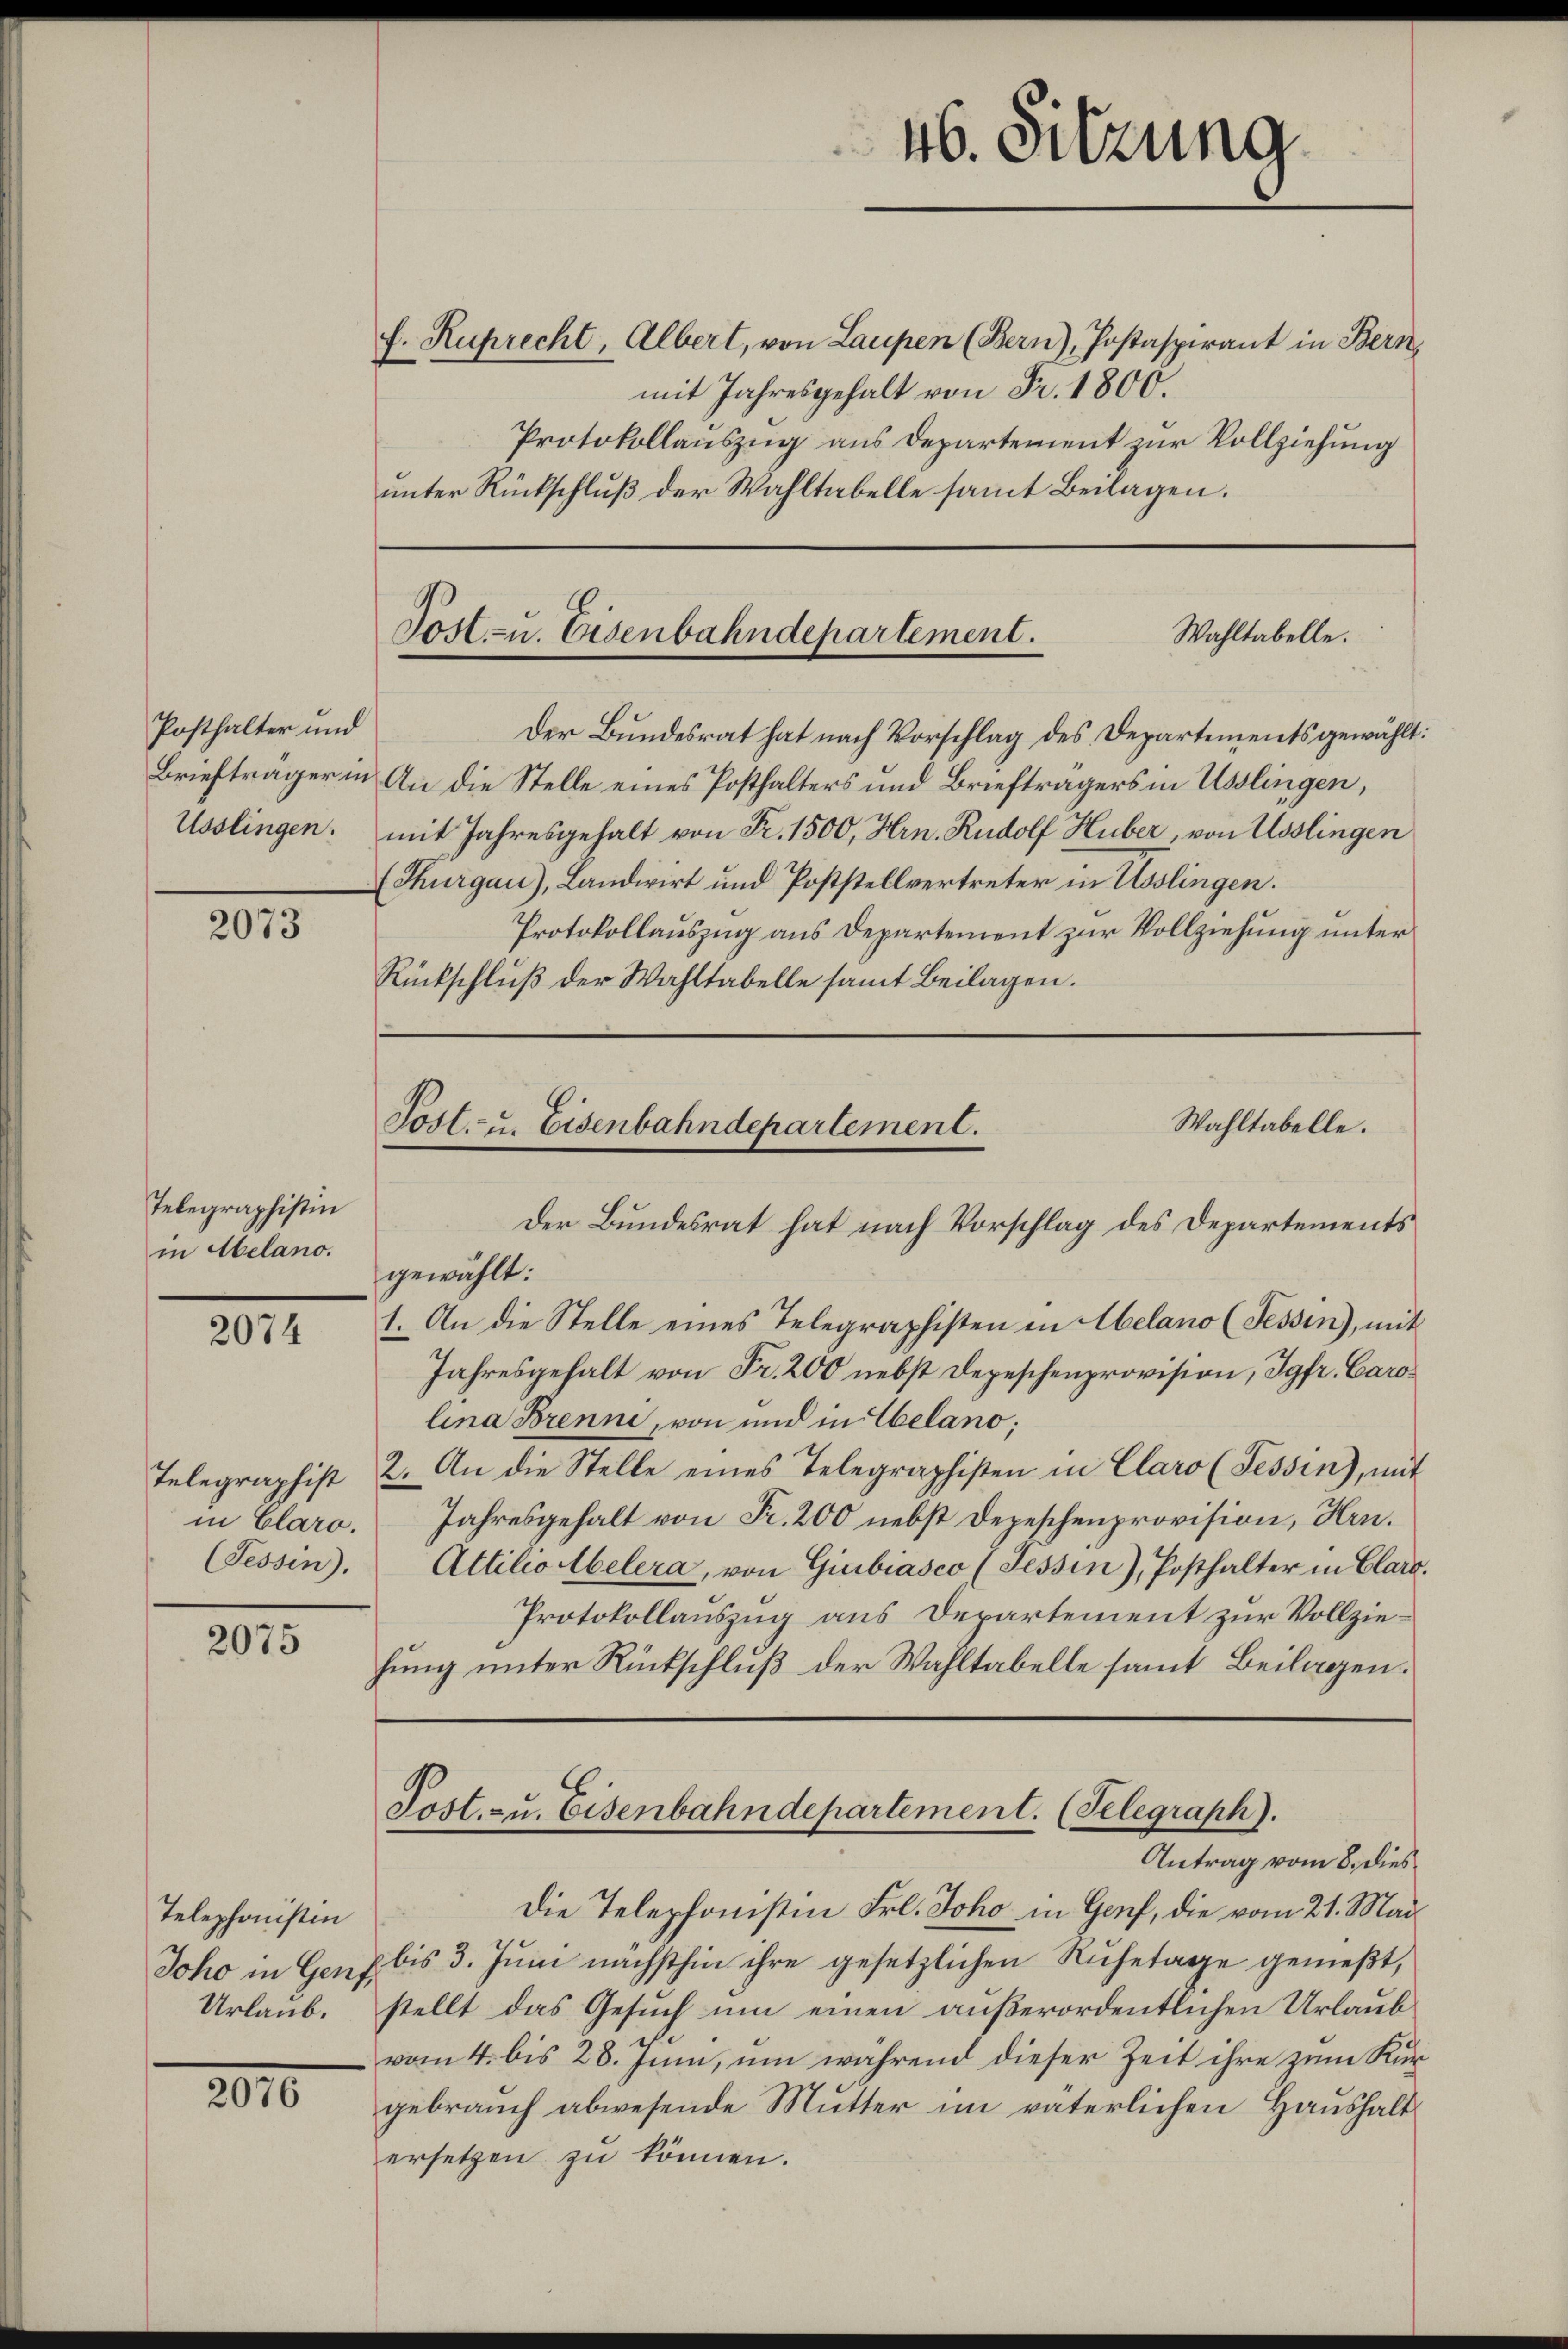
Posthalter und

2073

Telegraphistin
in Melano.

2074

in Claro.
(Tessin).

2075

Telephonistin

2010

f. Ruprecht, Albert, von Laupen (Bern), Jostaspirant in Bern
mit Jahresgehalt von Fr. 1800.
Protokollauszug aus Departement zur Vollziehung
unter Rückschluß der Wahltabelle samt Beilagen.

Der Bundesrat hat nach Vorschlag des Departements gewählt:
Briefträger in An die Stelle eines Posthalters und Briefträgers in Usslingen,
Usslingen: mit Jahresgehalt von Fr. 1500, Hrn. Rudolf Huber, von Esslingen
(Thurgau), Landwirt und Poststellvertreter in Esslingen.
Protokollauszug aus Departement zur Vollziehung unter
Rückschlŭβ der Wahltabelle samt Beilagen.

46. Sitzung

Post- u. Eisenbahndepartement.
Wahltabelle.

Wahltabelle.
Post- u. Eisenbahndepartement.
Der Bundesrat hat nach Vorschlag des Departements

Post. zu. Eisenbahndepartement. (Telegraph).
Antrag vom 8. dies

gewählt:
1. An die Stelle eines Telegraphisten in Abelano (Tessin), mit
Jahresgehalt von Fr. 200 nebst Depeschenprovision, Jgfr. Carolina Brenni, von und in belano;
Telegraphist 2. An die Stelle eines Telegraphisten in Claro (Tessin), mit
Jahresgehalt von Fr. 200 nebst Depeschenprovision, Hrn.
Attilio belera, von Giubiasco (Tessin), Posthalter in Clara.
Protokollauszug aus Departement zur Vollziehung unter Rückschluß der Wahltabelle samt Beilagen.

Die Telephonistin Frl. Joho in Genf, die vom 21. Mai
Joho in Genf bis 3. Juni nächsthin ihre gesetzlichen Ruhetage genießt,
Urlaub. stellt das Gesuch um einen außerordentlichen Urlaub
vom 4. bis 28. Juni, um während dieser Zeit ihre zum Kurgebrauch abwesende Mutter im väterlichen Haushalt
ersetzen zu können.